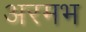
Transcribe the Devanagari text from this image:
अरमभ